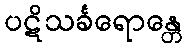
ပဋိသင်္ခရောန္တေ